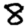
Digit: 8